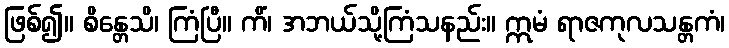
ဖြစ်၍။ စိန္တေသိ၊ ကြံပြီ။ ကိံ၊ အဘယ်သို့ကြံသနည်း။ ဣမံ ရာဇကုလသန္တကံ၊